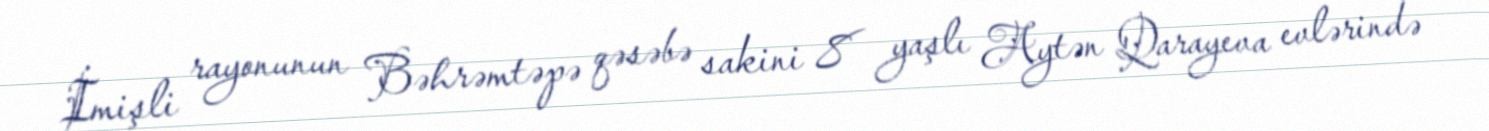
İmişli rayonunun Bəhrəmtəpə qəsəbə sakini 8 yaşlı Aytən Qarayeva evlərində